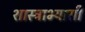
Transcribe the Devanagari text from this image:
शास्त्राभ्यासी